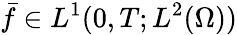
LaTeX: \bar{f}\in L^{1}(0,T;L^{2}(\Omega))